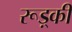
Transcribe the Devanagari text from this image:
रूड़्की